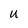
Character: U